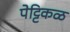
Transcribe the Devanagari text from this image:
पेट्टिकळ